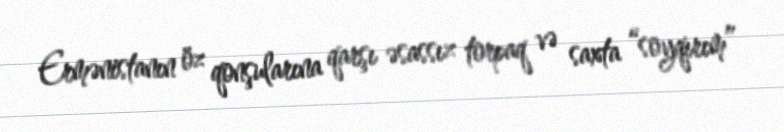
Ermənistanın öz qonşularına qarşı əsassız torpaq və saxta “soyqırım”